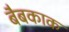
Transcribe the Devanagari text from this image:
बैबकाक